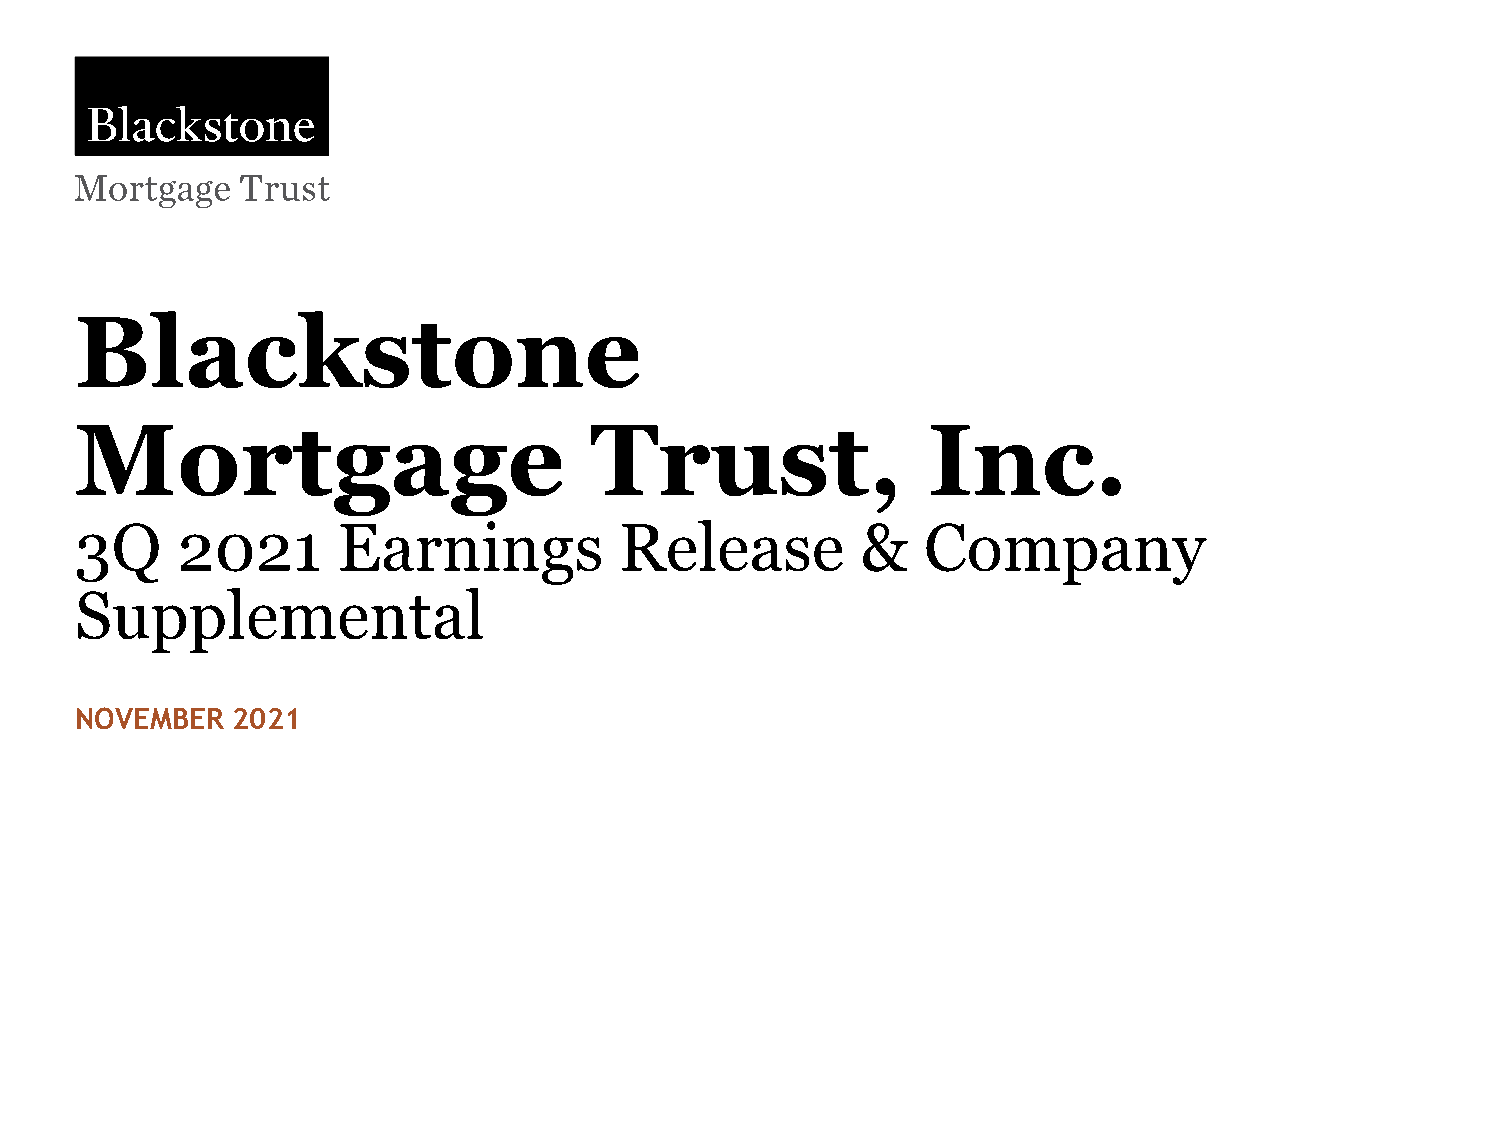
Blackstone Mortgage Trust, Inc.
 Blackstone
 Mortgage                          Trust,                Inc.
 3Q     2021      Earnings           Release         &   Company
 Supplemental
 NOVEMBER  2021